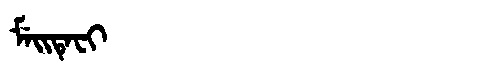
Manchu: ᠮᡝᡳᡨᡝᠸᡳ
Romanization: MEITEFI